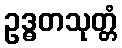
ဥဒ္ဓတသုတ္တံ